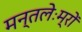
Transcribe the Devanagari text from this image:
मन्तलेःम्रों